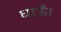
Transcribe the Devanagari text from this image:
धाऊँ।